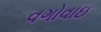
વગોવાઇ